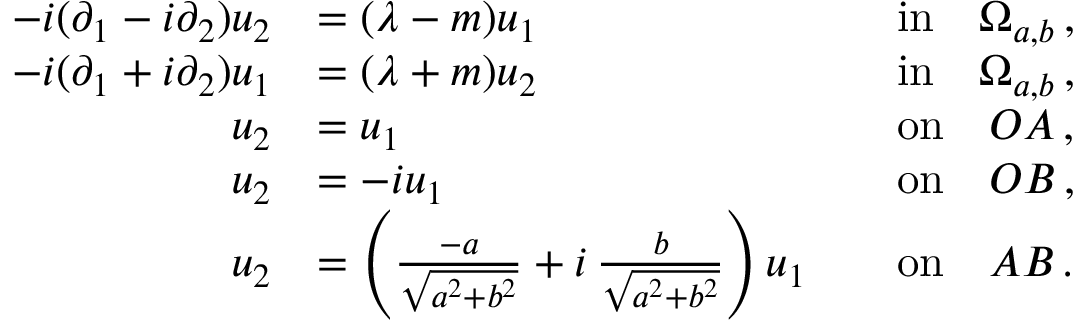
\begin{array} { r l r l } { - i ( \partial _ { 1 } - i \partial _ { 2 } ) u _ { 2 } } & { = ( \lambda - m ) u _ { 1 } } & & { \mathrm { i n } \quad \Omega _ { a , b } \, , } \\ { - i ( \partial _ { 1 } + i \partial _ { 2 } ) u _ { 1 } } & { = ( \lambda + m ) u _ { 2 } } & & { \mathrm { i n } \quad \Omega _ { a , b } \, , } \\ { u _ { 2 } } & { = u _ { 1 } } & & { \mathrm { o n } \quad O A \, , } \\ { u _ { 2 } } & { = - i u _ { 1 } } & & { \mathrm { o n } \quad O B \, , } \\ { u _ { 2 } } & { = \left( \frac { - a } { \sqrt { a ^ { 2 } + b ^ { 2 } } } + i \, \frac { b } { \sqrt { a ^ { 2 } + b ^ { 2 } } } \right) u _ { 1 } } & & { \mathrm { o n } \quad A B \, . } \end{array}